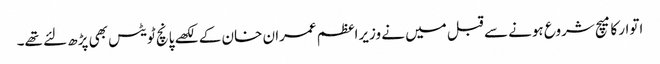
اتوار کا میچ شروع ہونے سے قبل میں نے وزیراعظم عمران خان کے لکھے پانچ ٹویٹس بھی پڑھ لئے تھے۔